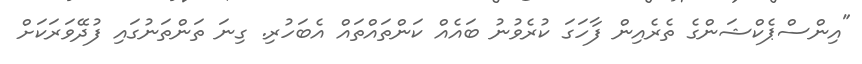
"އިންސްޕެކްޝަންގެ ތެރެއިން ފާހަގަ ކުރެވުނު ބައެއް ކަންތައްތައް އެބަހުރި. ގިނަ ތަންތަނުގައި ފުދޭވަރަކަށް